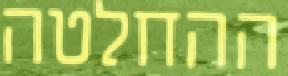
ההחלטה